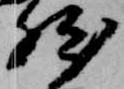
然